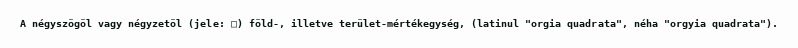
A négyszögöl vagy négyzetöl (jele: □) föld-, illetve terület-mértékegység, (latinul "orgia quadrata", néha "orgyia quadrata").